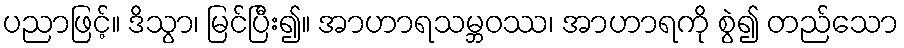
ပညာဖြင့်။ ဒိသွာ၊ မြင်ပြီး၍။ အာဟာရသမ္ဘဝဿ၊ အာဟာရကို စွဲ၍ တည်သော